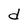
Character: d